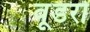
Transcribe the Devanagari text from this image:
वूडरो